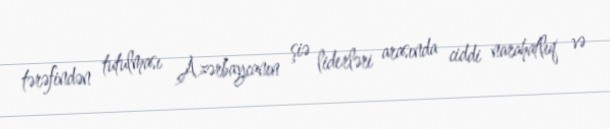
tərəfindən tutulması Azərbaycanın şiə liderləri arasında ciddi narahatlıq və